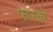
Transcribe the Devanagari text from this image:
फास्को